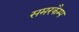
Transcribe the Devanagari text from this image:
समरकैम्प